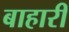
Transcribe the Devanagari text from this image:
बाहारी